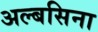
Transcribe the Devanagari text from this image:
अल्बसिना